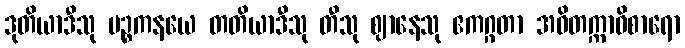
ဒုတိယာဒီသု ပဉ္စကနယေ တတိယာဒီသု တီသု ဈာနေသု ဧကဂ္ဂတာ အဝိတက္ကာဝိစာရော